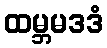
ထမ္ဘမဒဒံ